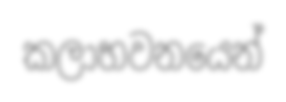
කලාභවනයෙන්